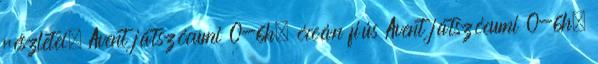
részletei. Avent játszócumi 0-6h. óceán fiús Avent játszócumi 0-6h.